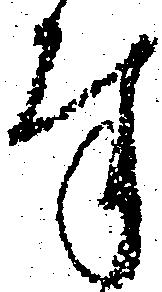
奉